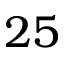
2 5